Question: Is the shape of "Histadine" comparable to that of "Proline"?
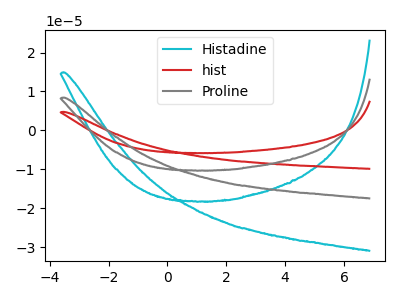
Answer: <think>The cyan curve "Histadine" has no peaks. The red curve "hist" has no peaks. The gray curve "Proline" has no peaks.
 Neither "Histadine" or "Proline" have any peaks.</think>
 <answer>"Histadine" and "Proline" are similar in shape.</answer>
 <eval>same_shape</eval>